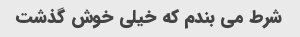
شرط می بندم که خیلی خوش گذشت